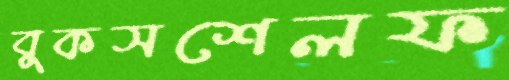
বুকসশেলফ